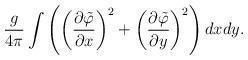
LaTeX: \begin{align*}\frac{g}{4\pi}\int\left(\left(\frac{\partial\tilde\varphi}{\partial x}\right)^2+ \left(\frac{\partial\tilde\varphi}{\partial y}\right)^2\right)dxdy.\end{align*}